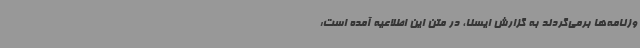
وزنامه‌ها برمی‌گردند به گزارش ایسنا، در متن این اطلاعیه آمده است: